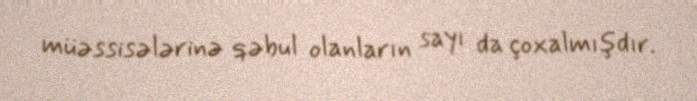
müəssisələrinə qəbul olanların sayı da çoxalmışdır.